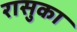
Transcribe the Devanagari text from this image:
रासुका